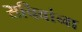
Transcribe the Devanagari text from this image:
सचिवांना